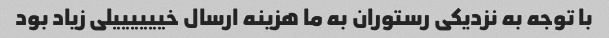
با توجه به نزدیکی رستوران به ما هزینه ارسال خییییییلی زیاد بود